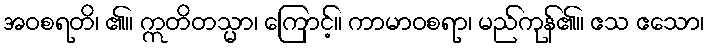
အဝစရတိ၊ ၏။ ဣတိတသ္မာ၊ ကြောင့်။ ကာမာဝစရာ၊ မည်ကုန်၏။ ဧသ ဧသော၊